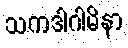
သကဒါဂါမိနာ